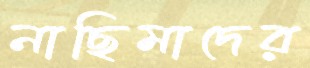
নাছিমাদের